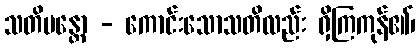
သတိမန္တော - ကောင်းသောသတိလည်း ရှိကြကုန်၏၊